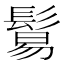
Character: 鬄